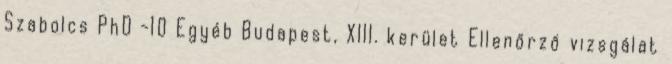
Szabolcs PhD -10 Egyéb Budapest, XIII. kerület Ellenőrző vizsgálat